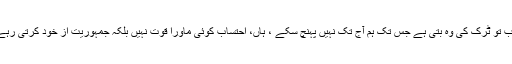
احتساب تو ٹرک کی وہ بتی ہے جس تک ہم آج تک نہیں پہنچ سکے ، ہاں، احتساب کوئی ماورا قوت نہیں بلکہ جمہوریت از خود کرتی رہے گی۔